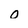
Character: 0